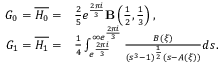
\begin{array} { r l } { G _ { 0 } = \overline { { H _ { 0 } } } = } & { \frac { 2 } { 5 } e ^ { \frac { 2 \pi i } { 3 } } \mathbf { B } \left( \frac { 1 } { 2 } , \frac { 1 } { 3 } \right) , } \\ { G _ { 1 } = \overline { { H _ { 1 } } } = } & { \frac { 1 } { 4 } \int _ { e ^ { \frac { 2 \pi i } { 3 } } } ^ { \infty e ^ { \frac { 2 \pi i } { 3 } } } \frac { B ( \xi ) } { \left( s ^ { 3 } - 1 \right) ^ { \frac { 1 } { 2 } } ( s - A ( \xi ) ) } d s . } \end{array}